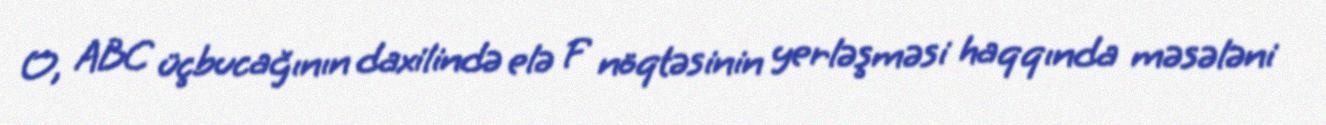
O, ABC üçbucağının daxilində elə F nöqtəsinin yerləşməsi haqqında məsələni